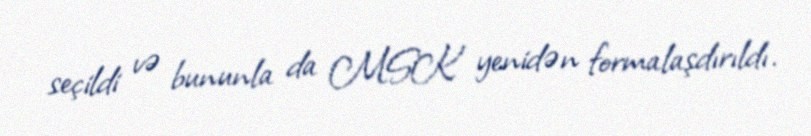
seçildi və bununla da MSK yenidən formalaşdırıldı.